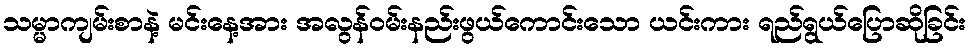
သမ္မာကျမ်းစာနဲ့ မင်းနေ့အား အလွန်ဝမ်းနည်းဖွယ်ကောင်းသော ယင်းကား ရည်ရွယ်ပြောဆိုခြင်း